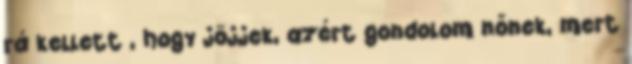
rá kellett , hogy jöjjek, azért gondolom nőnek, mert